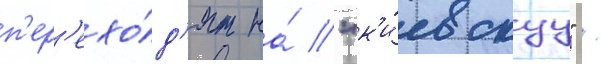
п'ер'ехо́д'ят на́ "к'и́евскуу" /